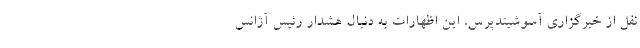
نقل از خبرگزاری آسوشیتدپرس، این اظهارات به دنبال هشدار رئیس آژانس